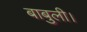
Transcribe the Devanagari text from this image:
बाबुली।